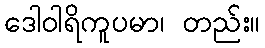
ဒေါဝါရိကူပမာ၊ တည်း။